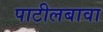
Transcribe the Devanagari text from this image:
पाटीलबावा